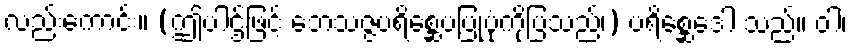
လည်းကောင်း။ (ဤပါဌ်ဖြင့် ဘေသဇ္ဇပရိစ္ဆေပပြုပုံကိုပြသည်၊) ပရိစ္ဆေဒေါ သည်။ ဝါ၊